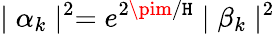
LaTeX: \mid\alpha_{k}\mid^{2}=e^{2\pim/\mathtt{H}}\mid\beta_{k}\mid^{2}